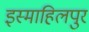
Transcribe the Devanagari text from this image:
इस्माहिलपुर